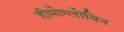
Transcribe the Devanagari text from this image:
हीमोग्लोविन